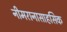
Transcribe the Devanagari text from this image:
नीमरानासाहसिक